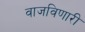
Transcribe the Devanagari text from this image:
वाजविणारी